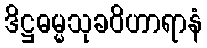
ဒိဋ္ဌဓမ္မသုခဝိဟာရာနံ